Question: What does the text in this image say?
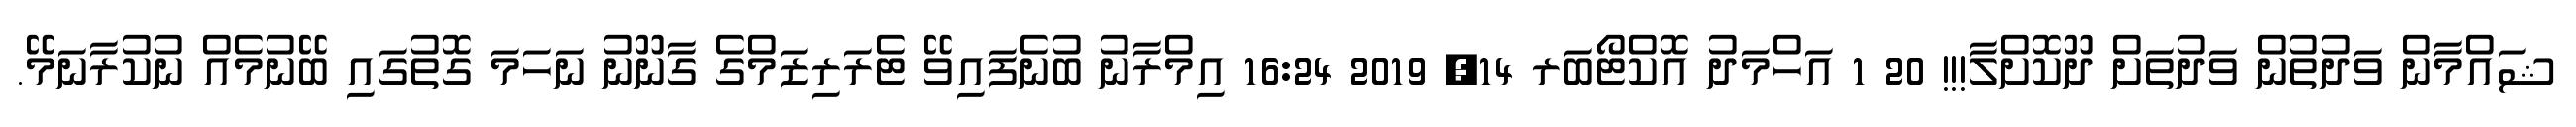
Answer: ޝައްމާން ވަދުތުން ވަދުތަށް ދޫކޮށްލާ!!! 20 1 އަހްމަދު އޮކްޓޯބަރ 14, 2019 16:24 އިމްރާނު ބުނެފައިވޭ ޓެރަރިޒަމްގެ ގާނޫނު ނަހަމަ ގޮތުގައި ބޭނުމެއް ނުކުރާނަމޭ.